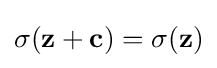
\sigma (\mathbf {z} +\mathbf {c} )=\sigma (\mathbf {z} )